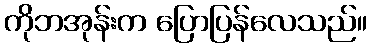
ကိုဘအုန်းက ပြောပြန်လေသည်။